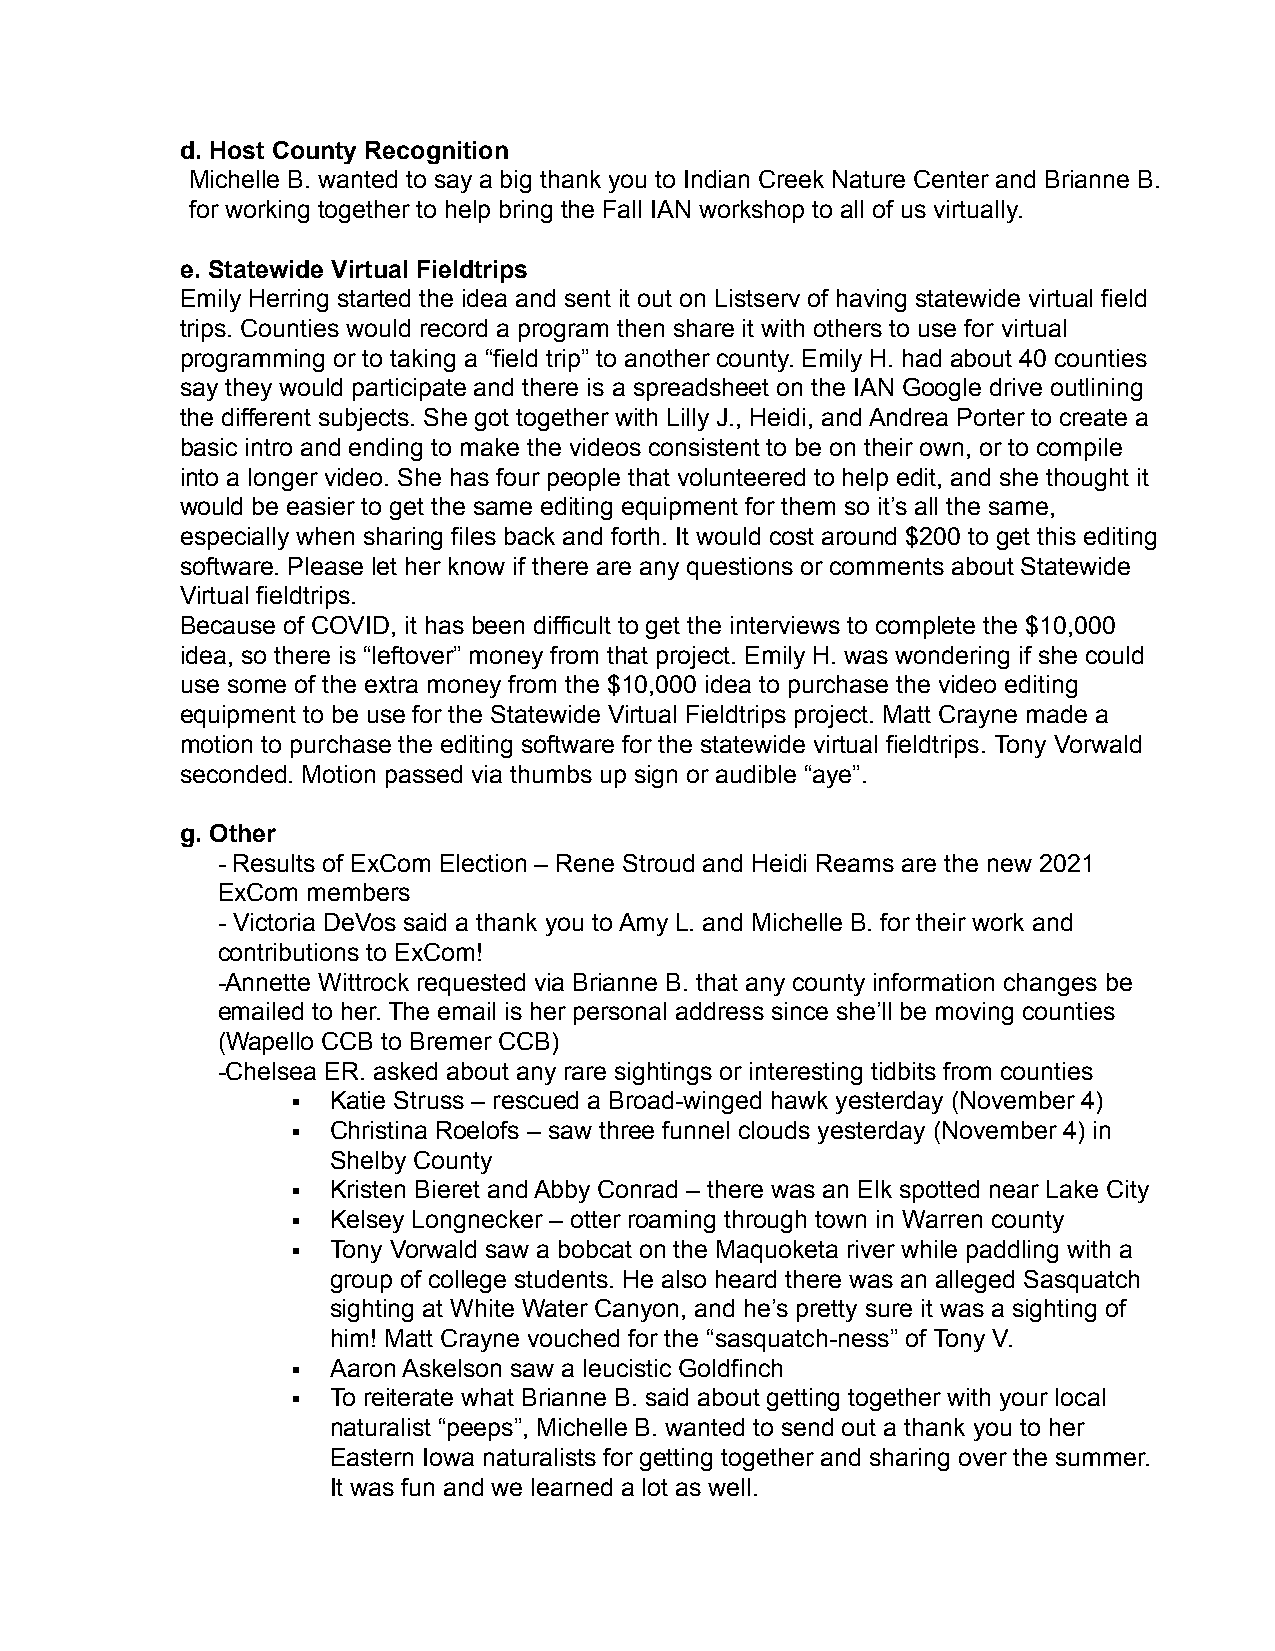
d. Host County Recognition
 Michelle B. wanted to say a big thank you to Indian Creek Nature Center and Brianne B.
 for working together to help bring the Fall IAN workshop to all of us virtually.
 e. Statewide Virtual Fieldtrips
 Emily Herring started the idea and sent it out on Listserv of having statewide virtual field
 trips. Counties would record a program then share it with others to use for virtual
 programming or to taking a “field trip” to another county. Emily H. had about 40 counties
 say they would participate and there is a spreadsheet on the IAN Google drive outlining
 the different subjects. She got together with Lilly J., Heidi, and Andrea Porter to create a
 basic intro and ending to make the videos consistent to be on their own, or to compile
 into a longer video. She has four people that volunteered to help edit, and she thought it
 would be easier to get the same editing equipment for them so it’s all the same,
 especially when sharing files back and forth. It would cost around $200 to get this editing
 software. Please let her know if there are any questions or comments about Statewide
 Virtual fieldtrips.
 Because of COVID, it has been difficult to get the interviews to complete the $10,000
 idea, so there is “leftover” money from that project. Emily H. was wondering if she could
 use some of the extra money from the $10,000 idea to purchase the video editing
 equipment to be use for the Statewide Virtual Fieldtrips project. Matt Crayne made a
 motion to purchase the editing software for the statewide virtual fieldtrips. Tony Vorwald
 seconded. Motion passed via thumbs up sign or audible “aye”.
 g. Other
 - Results of ExCom Election – Rene Stroud and Heidi Reams are the new 2021
 ExCom members
 - Victoria DeVos said a thank you to Amy L. and Michelle B. for their work and
 contributions to ExCom!
 -Annette Wittrock requested via Brianne B. that any county information changes be
 emailed to her. The email is her personal address since she’ll be moving counties
 (Wapello CCB to Bremer CCB)
 -Chelsea ER. asked about any rare sightings or interesting tidbits from counties
 ▪  Katie Struss – rescued a Broad-winged hawk yesterday (November 4)
 ▪  Christina Roelofs – saw three funnel clouds yesterday (November 4) in
 Shelby County
 ▪  Kristen Bieret and Abby Conrad – there was an Elk spotted near Lake City
 ▪  Kelsey Longnecker – otter roaming through town in Warren county
 ▪  Tony Vorwald saw a bobcat on the Maquoketa river while paddling with a
 group of college students. He also heard there was an alleged Sasquatch
 sighting at White Water Canyon, and he’s pretty sure it was a sighting of
 him! Matt Crayne vouched for the “sasquatch-ness” of Tony V.
 ▪  Aaron Askelson saw a leucistic Goldfinch
 ▪  To reiterate what Brianne B. said about getting together with your local
 naturalist “peeps”, Michelle B. wanted to send out a thank you to her
 Eastern Iowa naturalists for getting together and sharing over the summer.
 It was fun and we learned a lot as well.